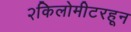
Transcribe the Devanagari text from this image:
२किलोमीटरहून